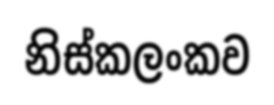
නිස්කලංකව